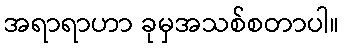
အရာရာဟာ ခုမှအသစ်စတာပါ။